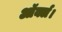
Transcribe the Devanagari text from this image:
ऑर्क्ल।